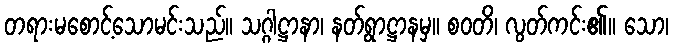
တရားမစောင့်သောမင်းသည်။ သဂ္ဂါဋ္ဌာနာ၊ နတ်ရွာဋ္ဌာနမှ။ စဝတိ၊ လွတ်ကင်း၏။ သော၊